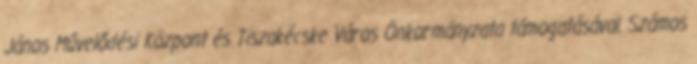
János Művelődési Központ és Tiszakécske Város Önkormányzata támogatásával. Számos